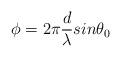
LaTeX: \begin{align*}\phi=2\pi\frac{d}{\lambda}{sin}\theta_0\end{align*}